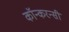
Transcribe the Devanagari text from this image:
कॉन्करन्सी